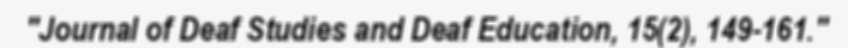
"Journal of Deaf Studies and Deaf Education, 15(2), 149-161."